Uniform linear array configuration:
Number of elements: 24
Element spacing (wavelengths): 0.5
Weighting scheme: kaiser
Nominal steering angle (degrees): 60
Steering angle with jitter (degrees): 59.537
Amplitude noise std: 0.05
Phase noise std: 0.05

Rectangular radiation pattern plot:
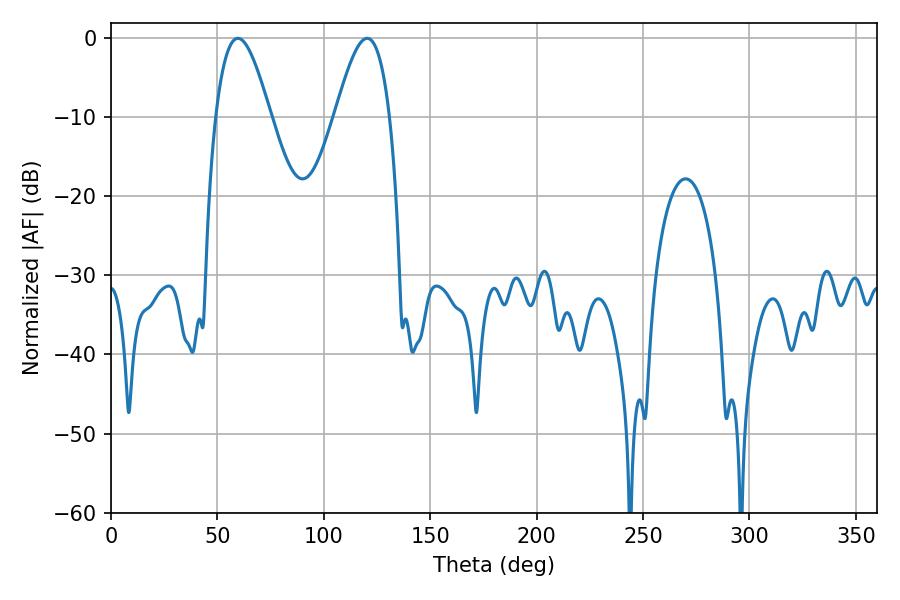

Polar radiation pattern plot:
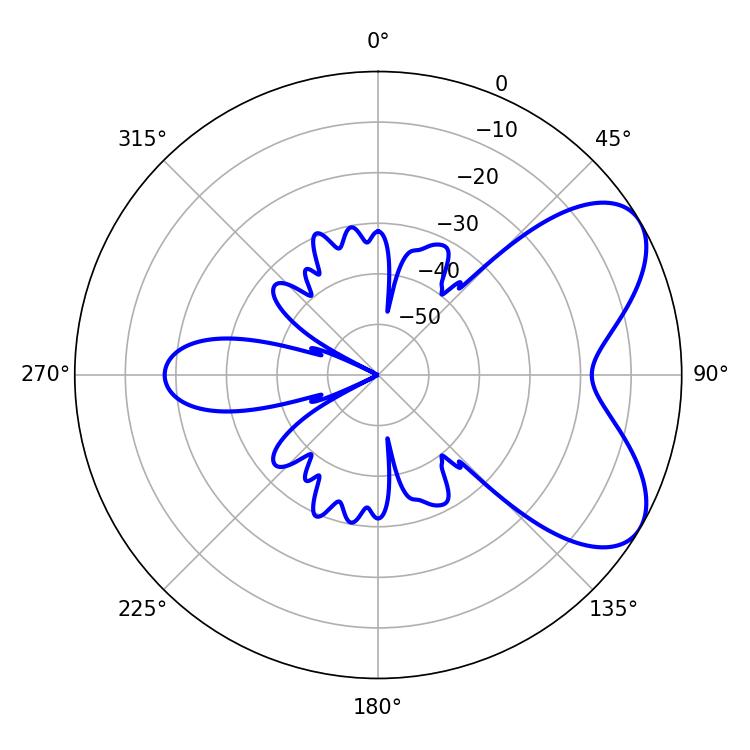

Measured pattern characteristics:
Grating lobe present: FALSE
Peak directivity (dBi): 6.349
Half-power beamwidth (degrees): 13.86
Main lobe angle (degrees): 59.58